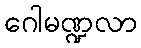
ဂေါမဏ္ဍလာ